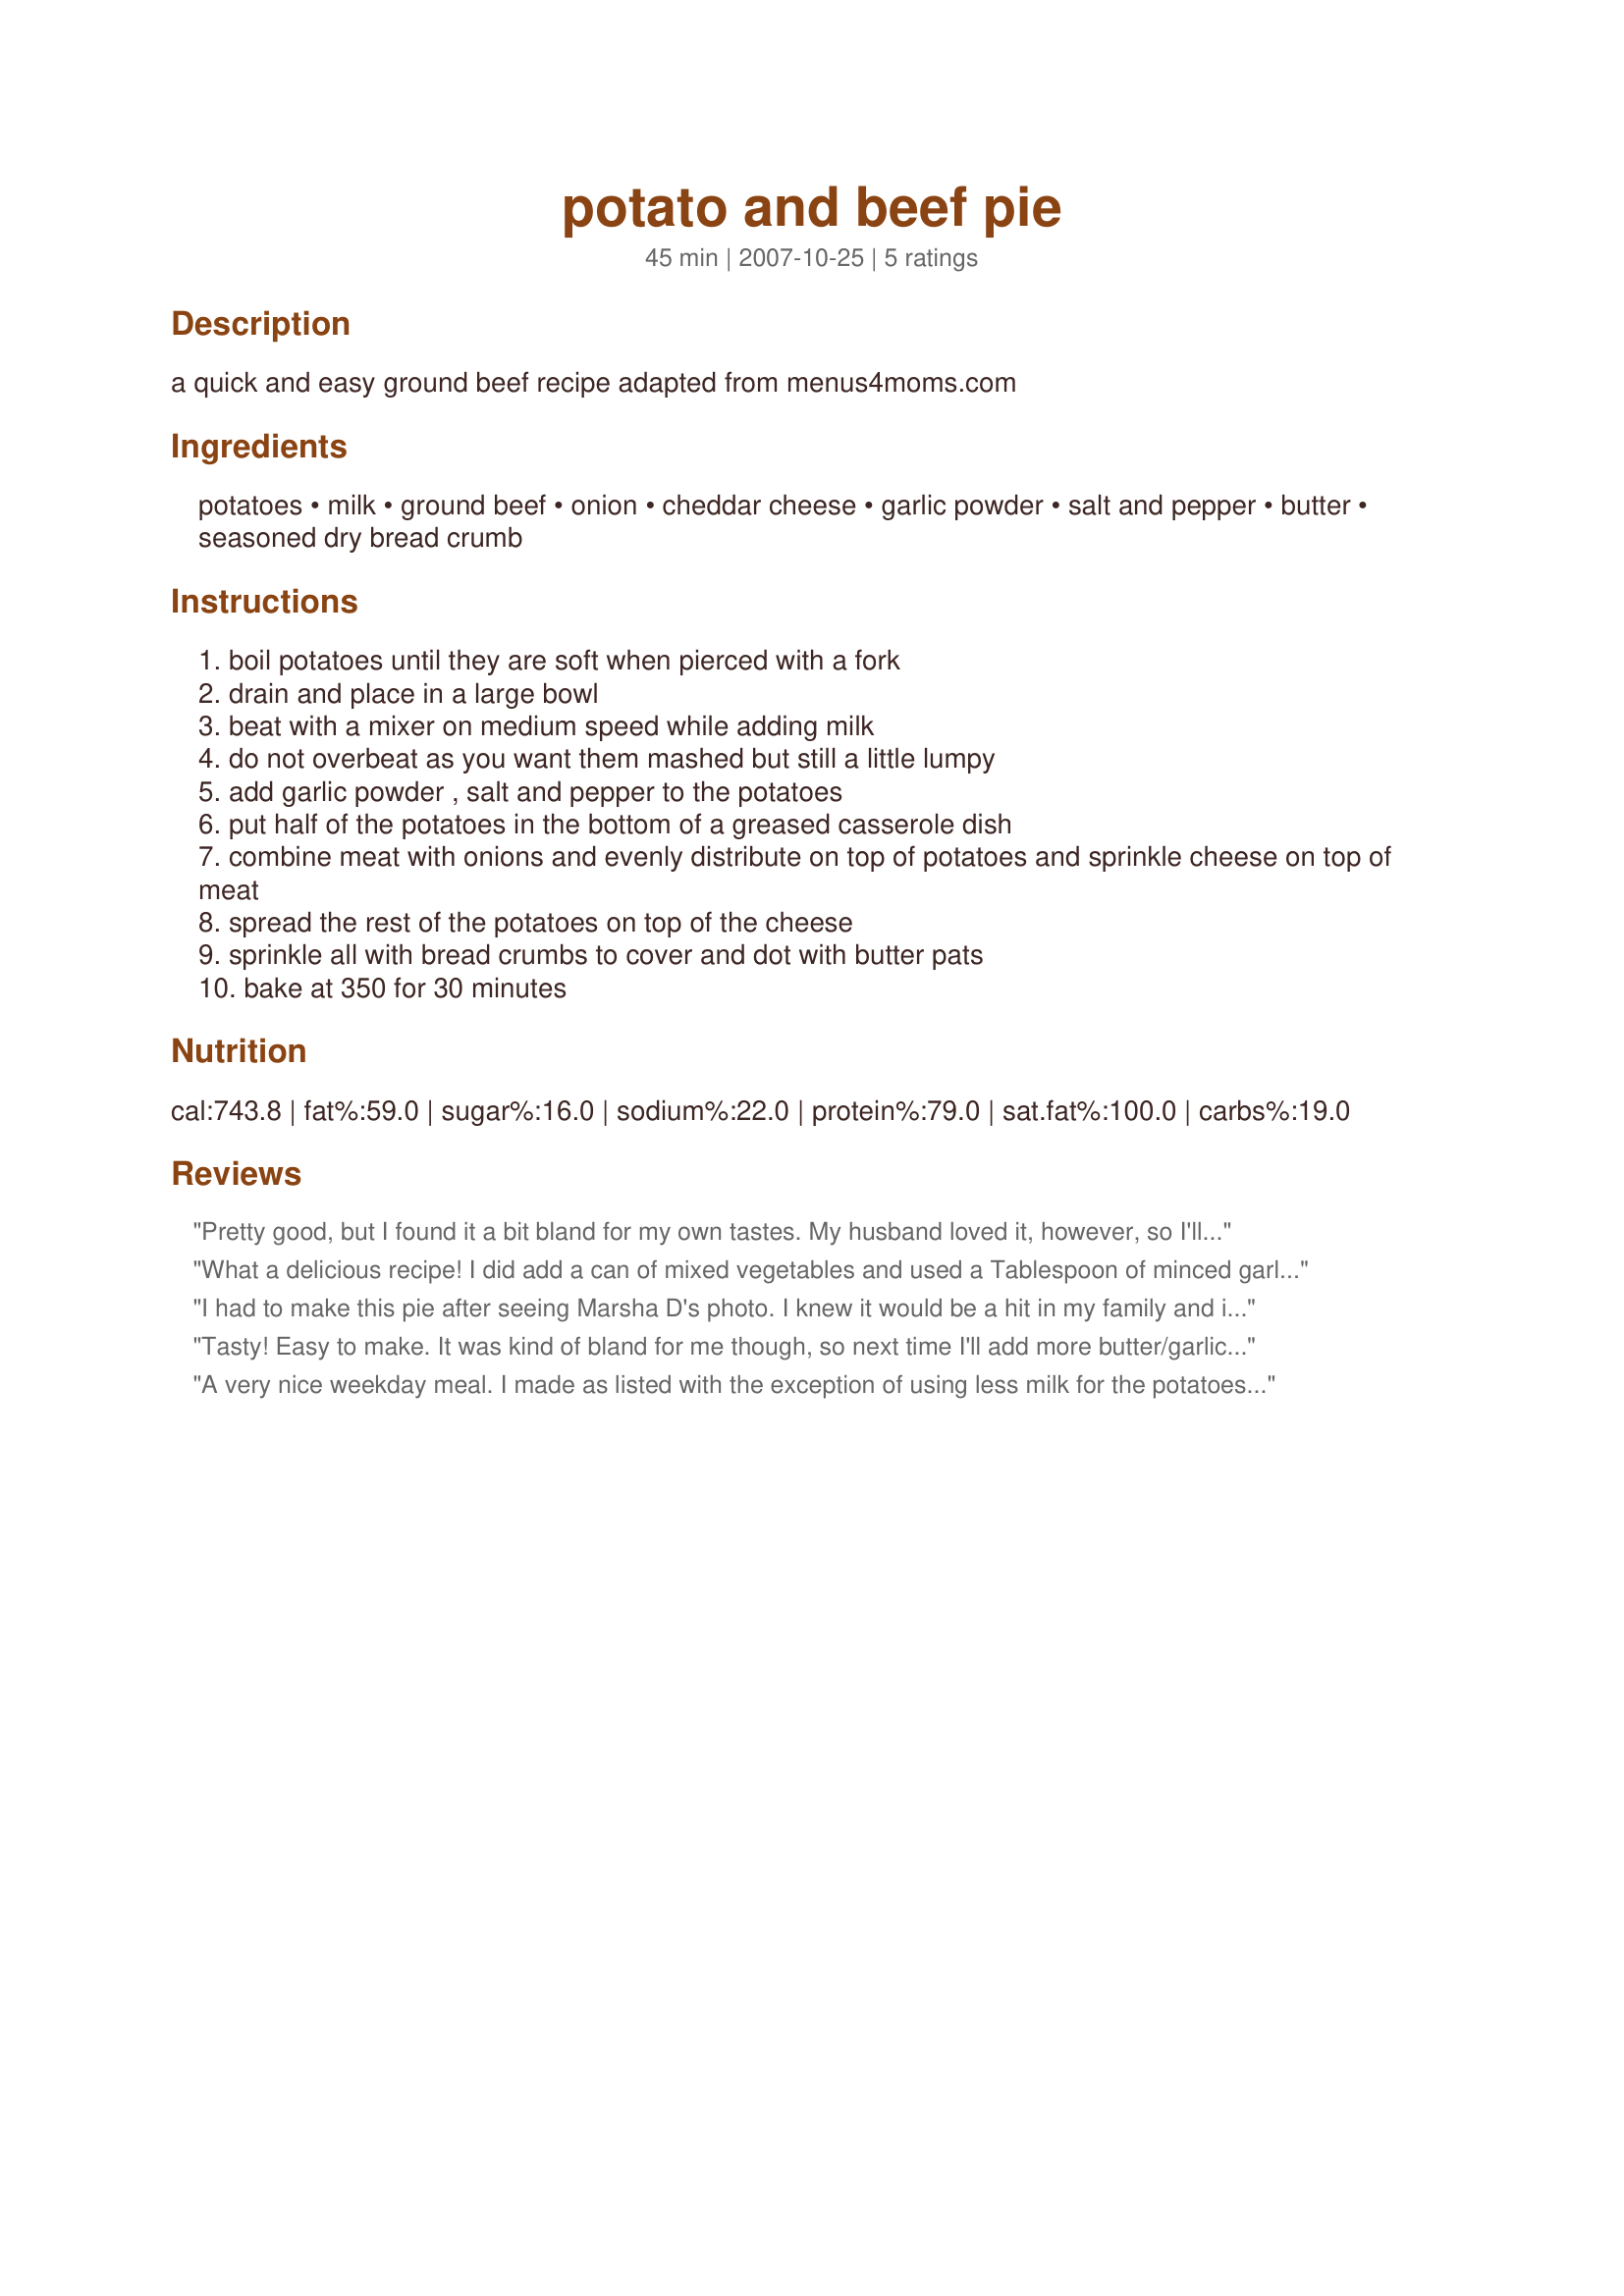
potato and beef pie
Preparation time: 45 minutes

a quick and easy ground beef recipe adapted from menus4moms.com

Ingredients:
potatoes, milk, ground beef, onion, cheddar cheese, garlic powder, salt and pepper, butter, seasoned dry bread crumb

Steps:
boil potatoes until they are soft when pierced with a fork
drain and place in a large bowl
beat with a mixer on medium speed while adding milk
do not overbeat as you want them mashed but still a little lumpy
add garlic powder , salt and pepper to the potatoes
put half of the potatoes in the bottom of a greased casserole dish
combine meat with onions and evenly distribute on top of potatoes and sprinkle cheese on top of meat
spread the rest of the potatoes on top of the cheese
sprinkle all with bread crumbs to cover and dot with butter pats
bake at 350 for 30 minutes

Reviews:
Pretty good, but I found it a bit bland for my own tastes. My husband loved it, however, so I'll make it again with some changes. Next time I'll add some more veggies and maybe try to make the meat a little saucy, more like a shepherd's pie, but as this was quick, easy, and tasty, it's worth it to tweak it to my tastes and make it again. Seems like it's really versatile, which makes it a good recipe, in my opinion. Thanks for sharing!
What a delicious recipe! I did add a can of mixed vegetables and used a Tablespoon of minced garlic in place of the garlic powder when frying the hamburger meat. I drained the grease off and added back to pan and than added the onion and the can of vegetables. I also used whipping cream in place of the milk when making the potatoes. I used a Garlic and Herb breadcrumb topping too. We really enjoyed this pie. I made a beef gravy to have over the pie as my hubby just loves gravy oven his pies. :) Thanks so much for sharing the recipe! It was wonderful! and so easy to prepare.
I had to make this pie after seeing Marsha D's photo. I knew it would be a hit in my family and it was! It is very simple to make and it is such a comfort meal. I took Marsha's suggestion and added a can of corn. The only thing I might do differently next time is to melt the butter and then pour it over the bread crumb topping so it distributes more evenly. Delicious! Thanks for sharing this keeper.
Tasty! Easy to make. It was kind of bland for me though, so next time I'll add more butter/garlic to the potatoes. I also threw in a bag of frozen peas and that really made the dish pop more. But it was a fairly quick meal and overall enjoyable. Thanks!
A very nice weekday meal. I made as listed with the exception of using less milk for the potatoes - more like a 1/4 cup, and instead of seasoned breadcrumbs, I used plain mixed with some fresh Parmesan. It was very easy to put together, and I'm sure I'll be making it again.
Thanks!
